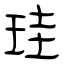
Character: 珪